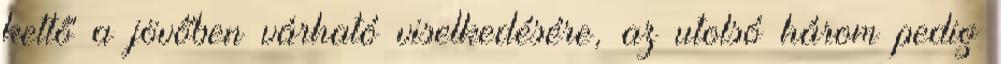
kettő a jövőben várható viselkedésére, az utolsó három pedig